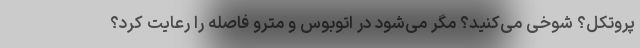
پروتکل؟ شوخی می‌کنید؟ مگر می‌شود در اتوبوس و مترو فاصله را رعایت کرد؟